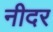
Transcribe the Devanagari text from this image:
नीदर